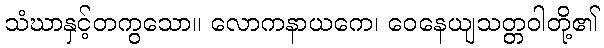
သံဃာနှင့်တကွသော။ လောကနာယကေ၊ ဝေနေယျသတ္တဝါတို့၏